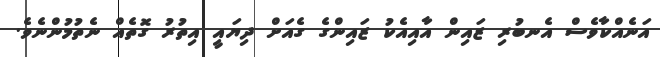
އަނެއްކާވެސް އެނބުރި ޒައިން އާއިއެކު ޒައިންގެ ގެއަށް ދިޔައީ އިތުރު ގޮތެއް ނެތުމުންނެވެ.